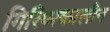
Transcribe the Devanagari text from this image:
गिरिष्मकालीन